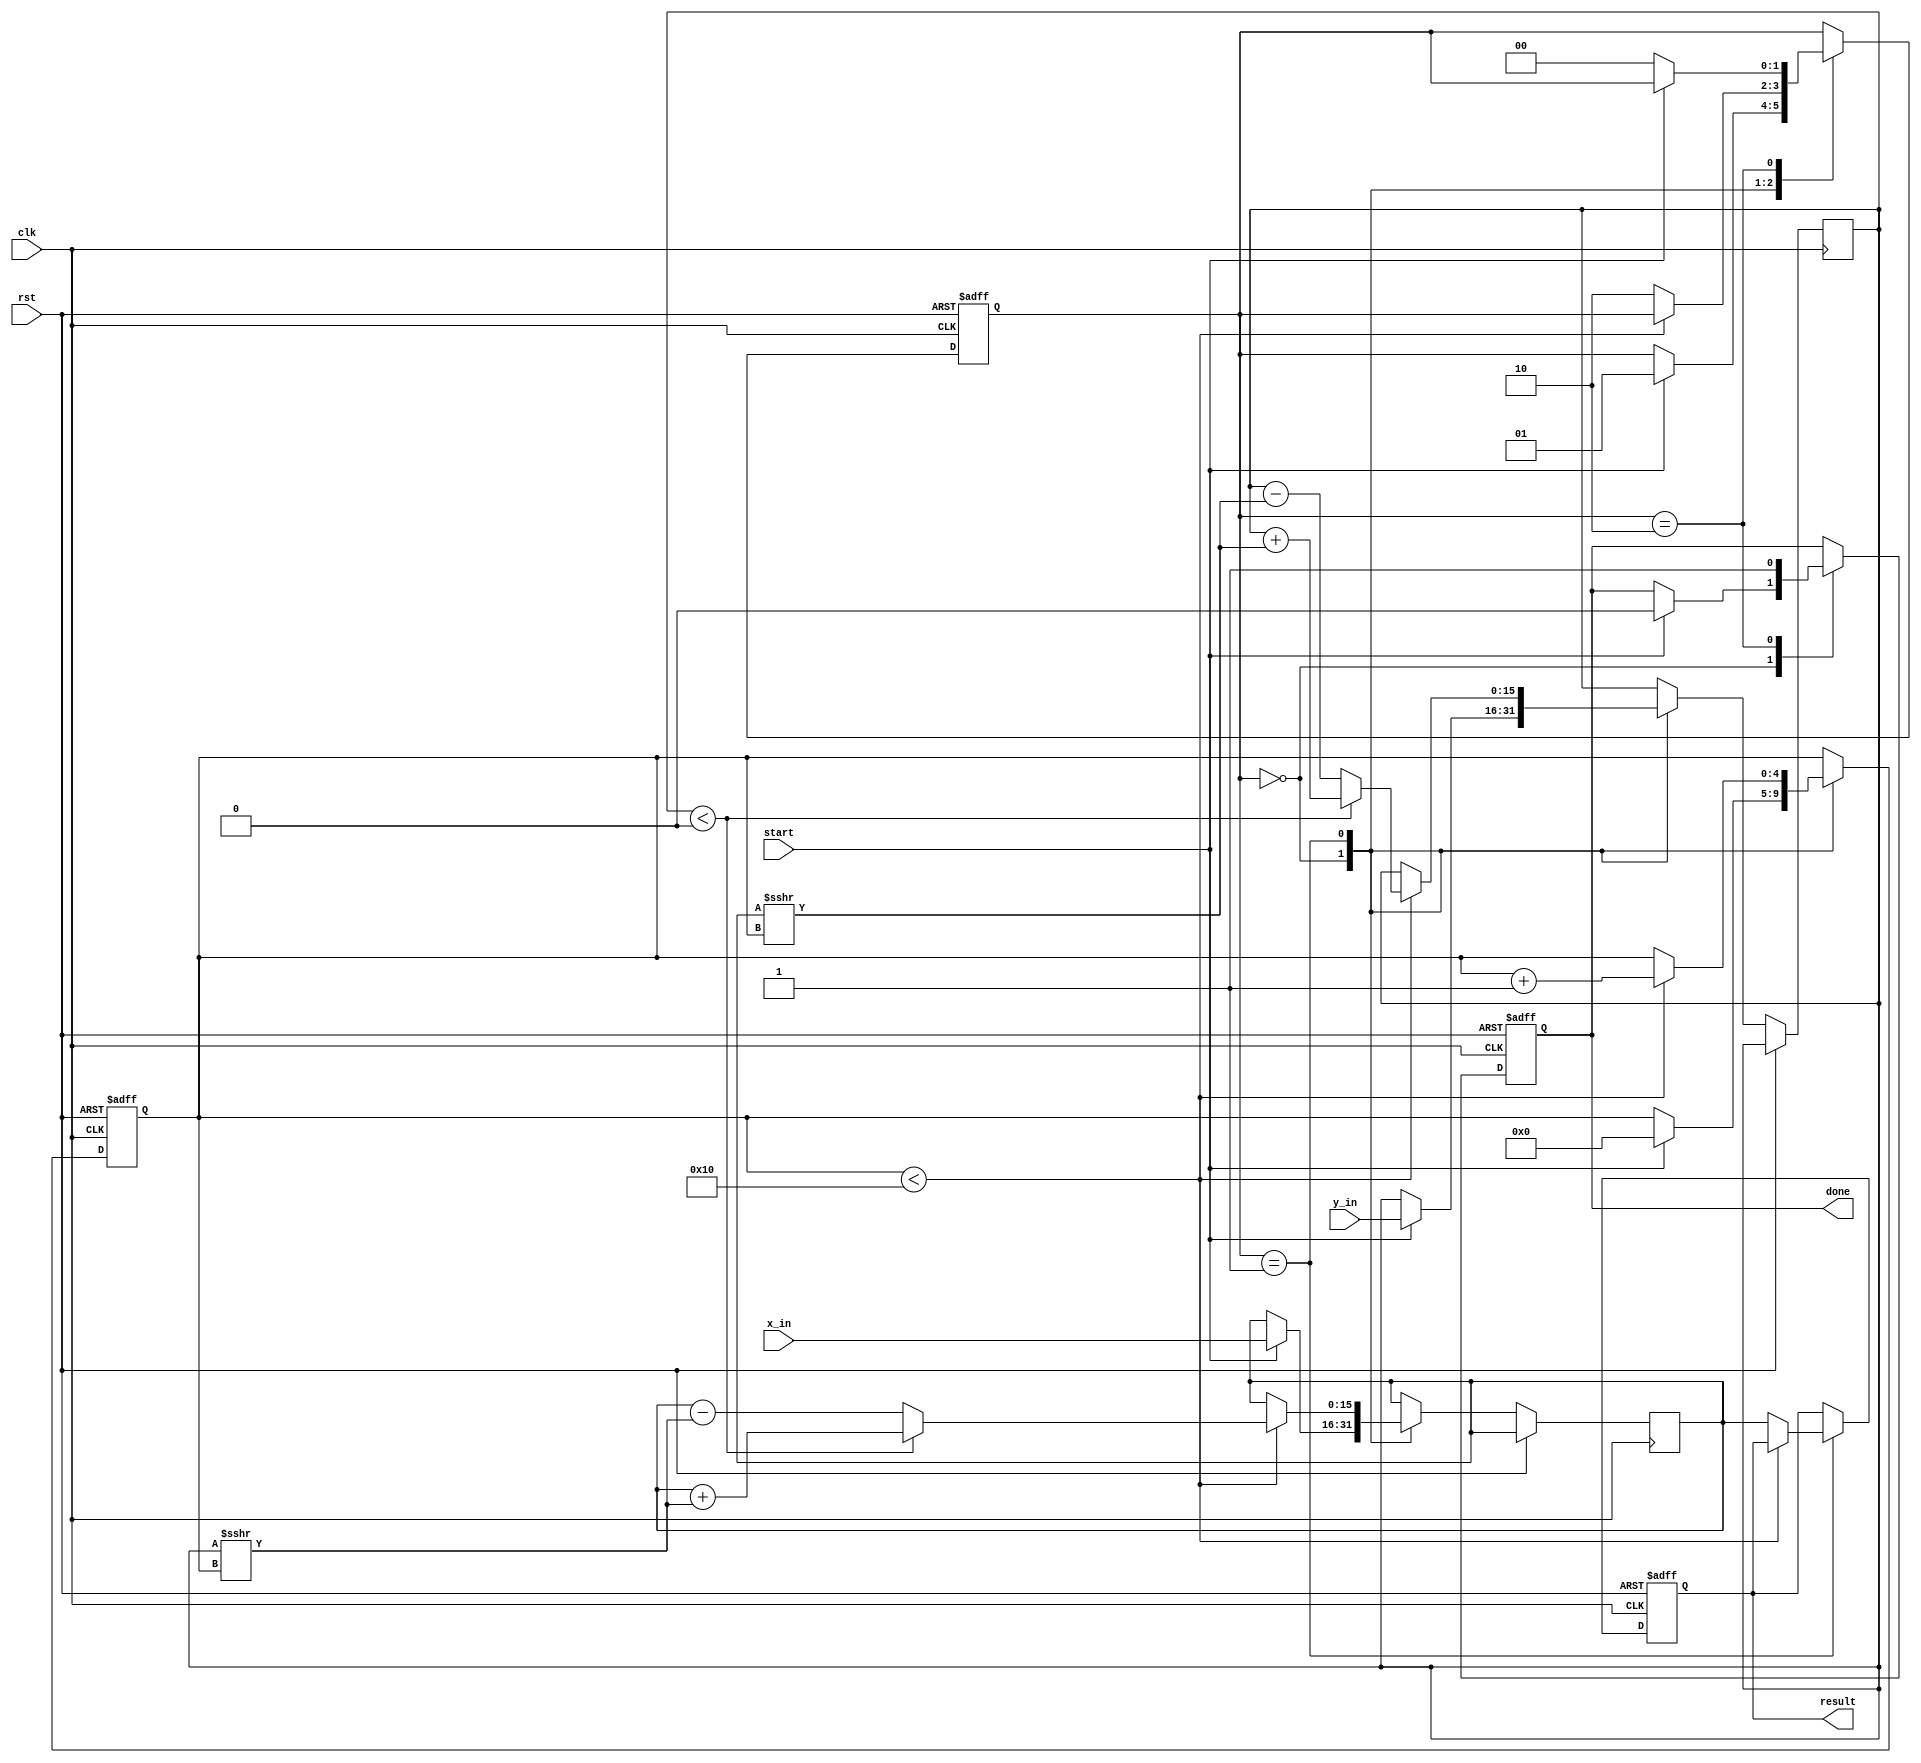
module cordic_polynomial_evaluator #(
    parameter WIDTH = 16,           // Input/Output width
    parameter ITERATIONS = 16       // Number of CORDIC iterations
)(
    input wire clk,
    input wire rst,
    input wire start,
    input wire signed [WIDTH-1:0] x_in,
    input wire signed [WIDTH-1:0] y_in,
    output reg signed [WIDTH-1:0] result,
    output reg done
);

    // CORDIC angle table (arctan(2^-i) for i = 0 to ITERATIONS-1)
    reg signed [WIDTH-1:0] angle_table [0:ITERATIONS-1];
    initial begin
        angle_table[0] = 16'h0000; // atan(1) = 0
        angle_table[1] = 16'h3C90; // atan(1/2) = 45 degrees
        angle_table[2] = 16'h3A30; // atan(1/4) = 26.565 degrees
        // Fill in the rest of the angle table...
    end

    // Internal signals
    reg signed [WIDTH-1:0] x, y, z;
    reg [4:0] iteration_count;
    reg [1:0] state;

    // State machine states
    localparam IDLE = 2'b00,
               RUN = 2'b01,
               DONE = 2'b10;

    // Control logic
    always @(posedge clk or posedge rst) begin
        if (rst) begin
            state <= IDLE;
            done <= 0;
            iteration_count <= 0;
            result <= 0;
        end else begin
            case (state)
                IDLE: begin
                    if (start) begin
                        x <= x_in;
                        y <= y_in;
                        z <= 0; // Initialize angle
                        iteration_count <= 0;
                        state <= RUN;
                        done <= 0;
                    end
                end
                RUN: begin
                    if (iteration_count < ITERATIONS) begin
                        // CORDIC rotation
                        if (y < 0) begin
                            x <= x + (y >>> iteration_count);
                            y <= y + (x >>> iteration_count);
                            z <= z - angle_table[iteration_count];
                        end else begin
                            x <= x - (y >>> iteration_count);
                            y <= y - (x >>> iteration_count);
                            z <= z + angle_table[iteration_count];
                        end
                        iteration_count <= iteration_count + 1;
                    end else begin
                        result <= x; // Output result
                        state <= DONE;
                    end
                end
                DONE: begin
                    done <= 1; // Indicate completion
                    if (!start) begin
                        state <= IDLE; // Reset state
                    end
                end
            endcase
        end
    end

endmodule